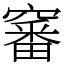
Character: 䆺